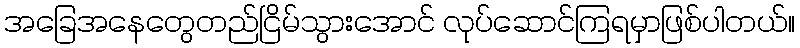
အခြေအနေတွေတည်ငြိမ်သွားအောင် လုပ်ဆောင်ကြရမှာဖြစ်ပါတယ်။